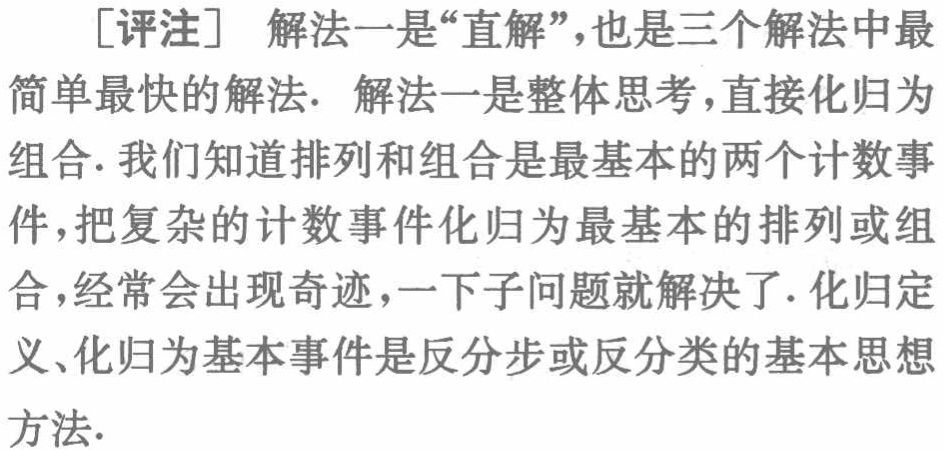
[评注] 解法一是“直解”，也是三个解法中最简单最快的解法. 解法一是整体思考，直接化归为组合. 我们知道排列和组合是最基本的两个计数事件，把复杂的计数事件化归为最基本的排列或组合，经常会出现奇迹，一下子问题就解决了. 化归定义、化归为基本事件是反分步或反分类的基本思想方法.